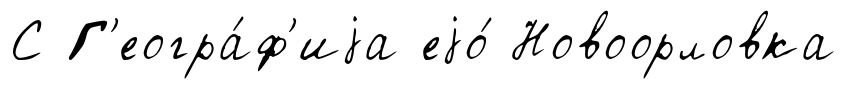
С Г'еогра́ф'иjа еjо́ Новоорловка